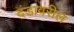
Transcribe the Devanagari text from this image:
दंडावरील